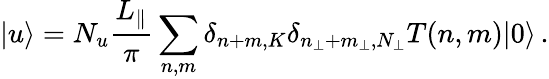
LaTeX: |u\rangle=N_{u}\frac{L_{\| }}{\pi}\sum_{n,m}\delta_{n+m,K}\delta_{n_{\perp}+m_{\perp},N_{\perp}}T(n,m)|0\rangle\, .